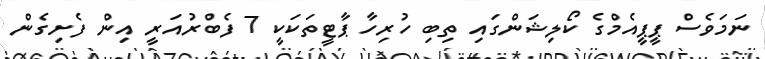
ނަމަވެސް ޕީޕީއެމްގެ ކޯލިޝަންގައި ތިބި ހުރިހާ ޕާޓީތަކަކީ 7 ފެބްރުއަރީ އިން ފެށިގެން